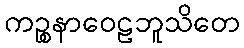
ကဉ္စနာဝေဠဘူသိတေ